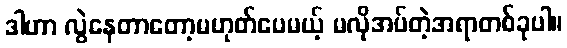
ဒါဟာ လွဲနေတာတော့မဟုတ်ပေမယ့် မလိုအပ်တဲ့အရာတစ်ခုပါ။